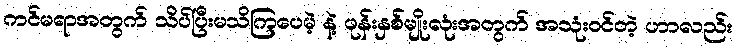
ကင်မရာအတွက် သိပ်ပြီးမသိကြပေမဲ့ နဲ့ ဖုန်းနှစ်မျိုးလုံးအတွက် အသုံးဝင်တဲ့ ဟာလည်း